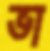
ভা